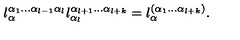
l _ { \alpha } ^ { \alpha _ { 1 } \ldots \alpha _ { l - 1 } \alpha _ { l } } l _ { \alpha _ { l } } ^ { \alpha _ { l + 1 } \ldots \alpha _ { l + k } } = l _ { \alpha } ^ { ( \alpha _ { 1 } \ldots \alpha _ { l + k } ) } .